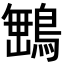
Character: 𮬿